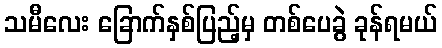
သမီလေး ခြောက်နှစ်ပြည့်မှ တစ်ပေခွဲ ခုန်ရမယ်